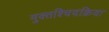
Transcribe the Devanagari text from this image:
मुक्तश्चिदक्रियः